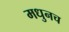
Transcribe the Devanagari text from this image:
मधुनच